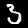
Label: 3